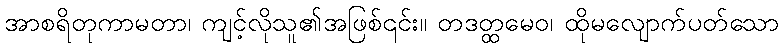
အာစရိတုကာမတာ၊ ကျင့်လိုသူ၏အဖြစ်၎င်း။ တဒတ္ထမေဝ၊ ထိုမလျောက်ပတ်သော